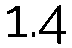
1.4